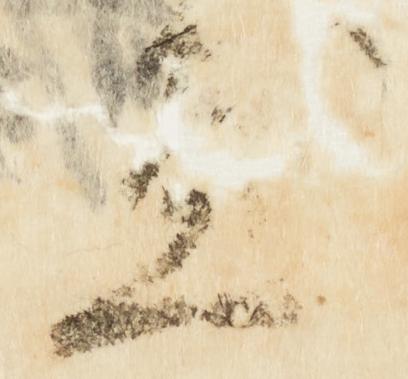
尽